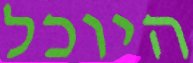
היוכל